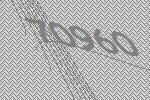
70960